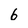
Character: 6